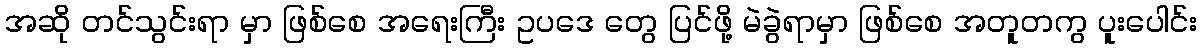
အဆို တင်သွင်းရာ မှာ ဖြစ်စေ အရေးကြီး ဥပဒေ တွေ ပြင်ဖို့ မဲခွဲရာမှာ ဖြစ်စေ အတူတကွ ပူးပေါင်း